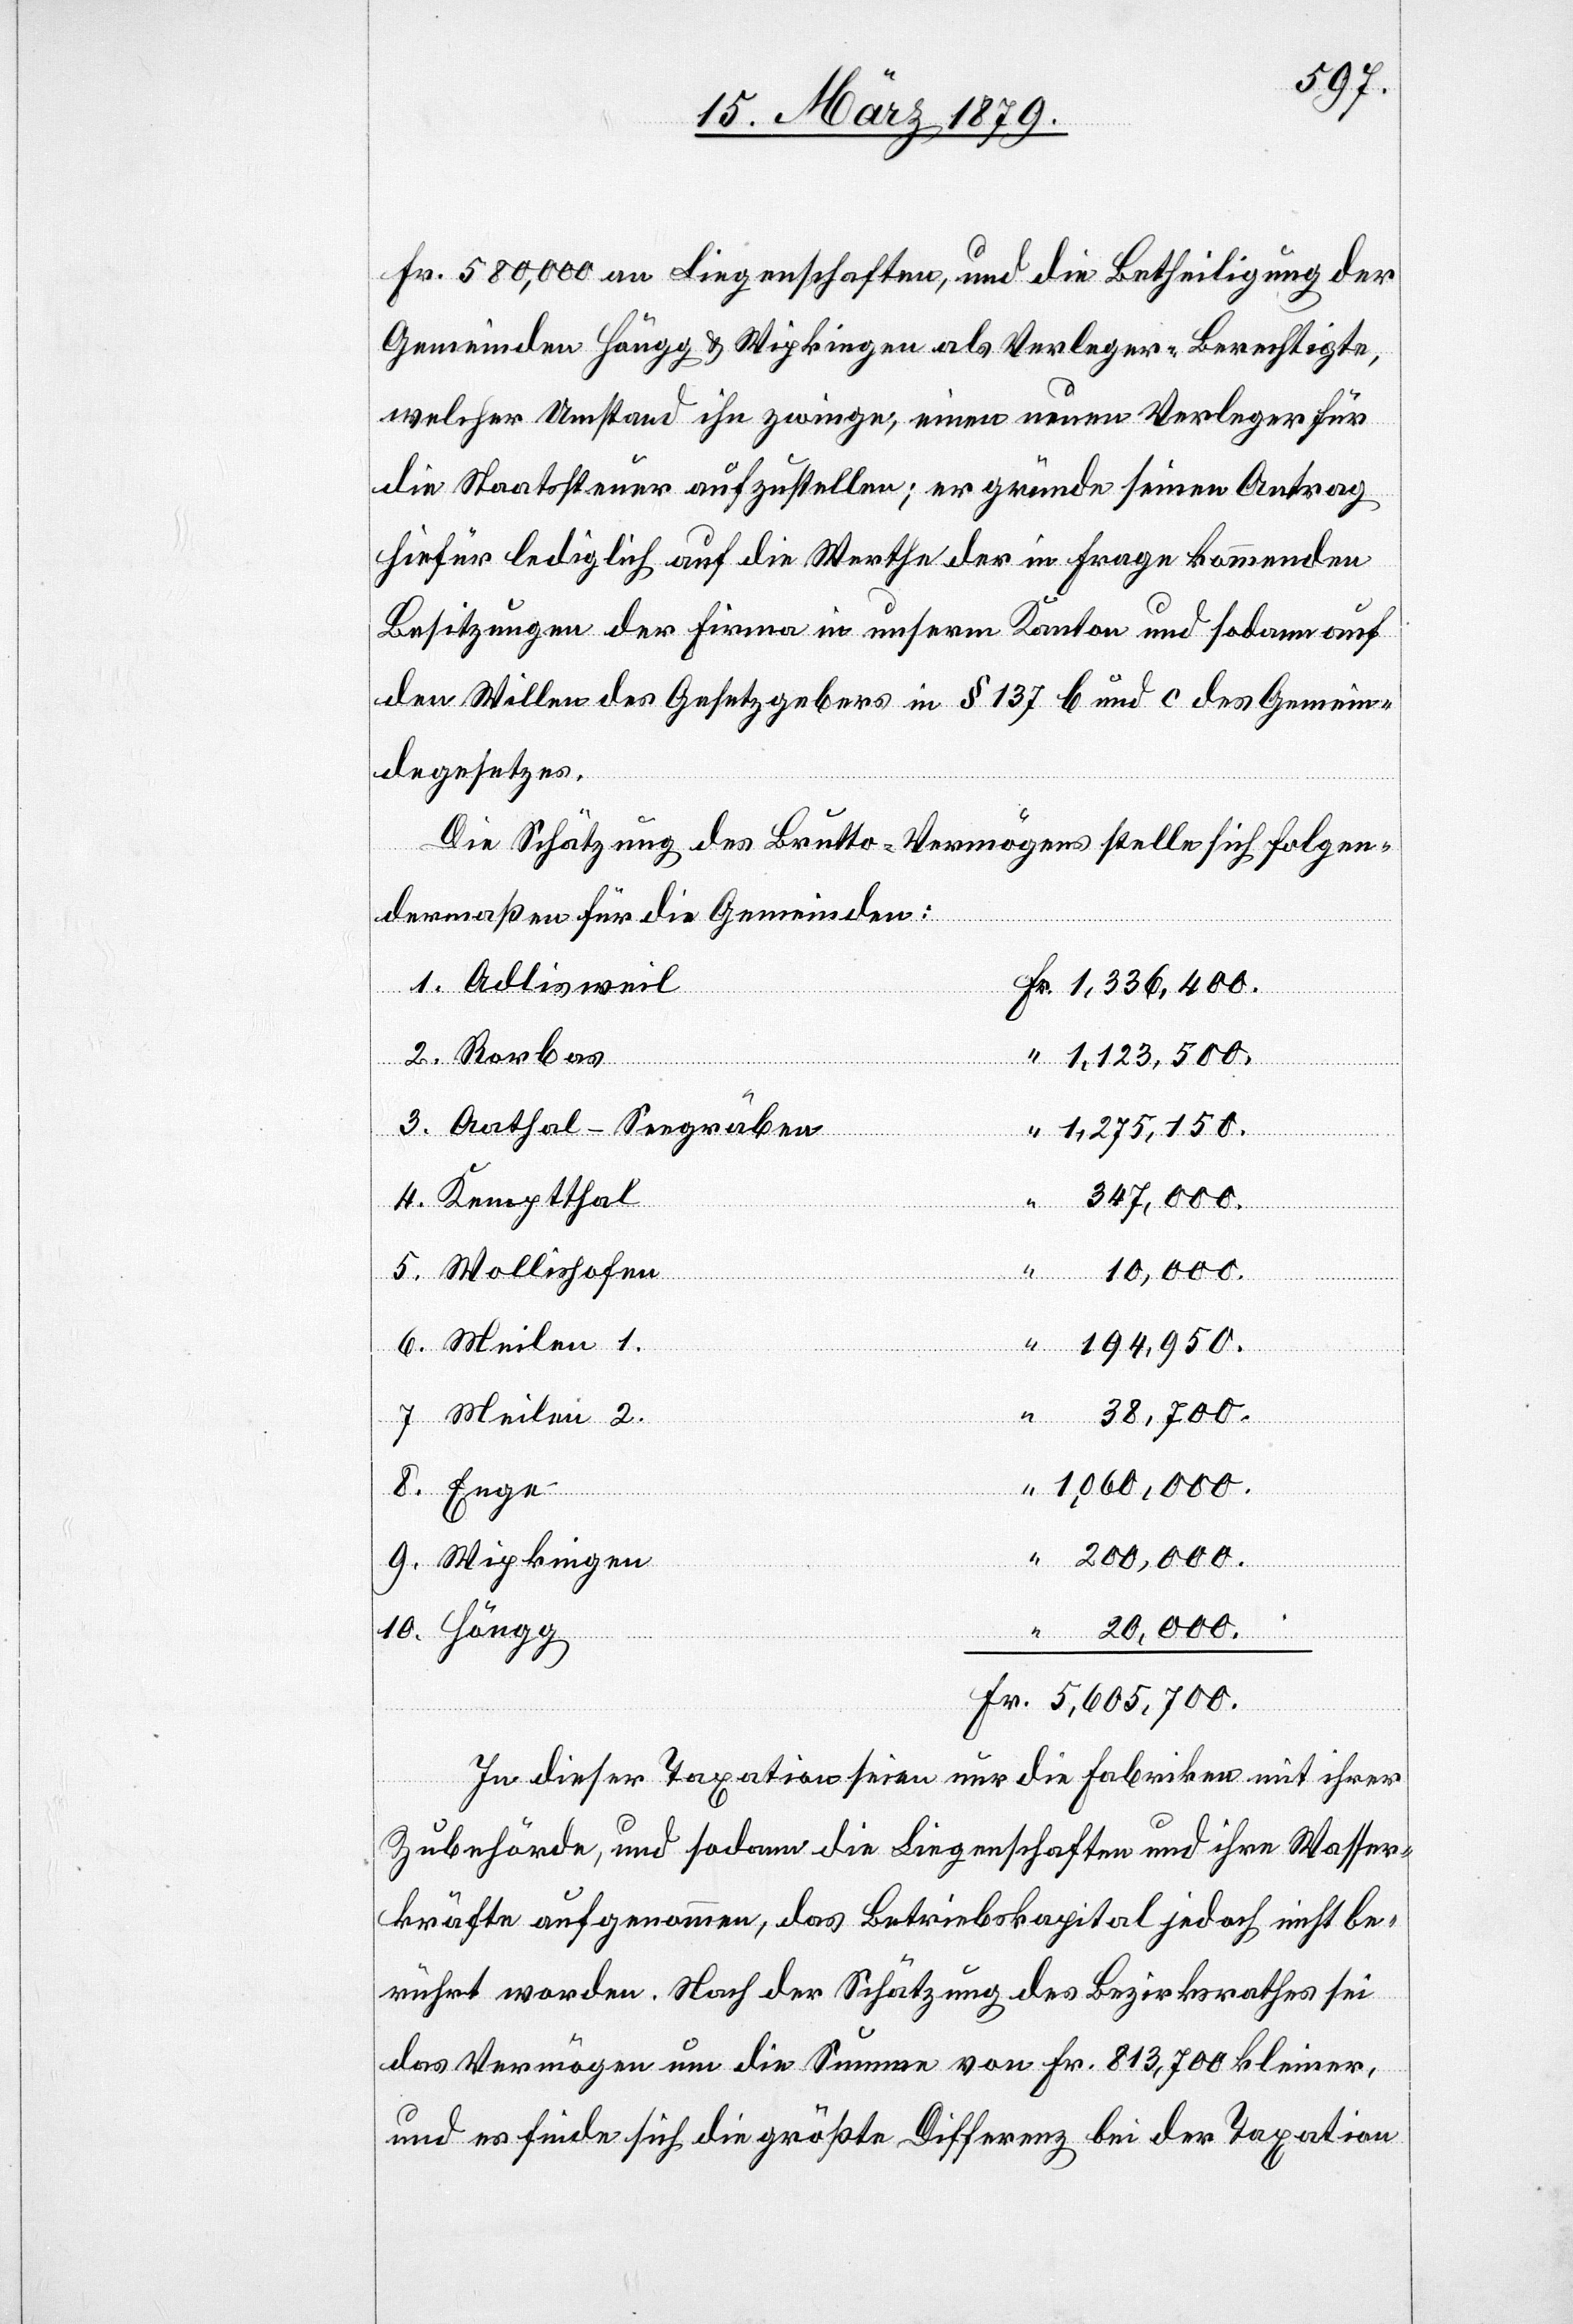
Fr. 580,000 an Liegenschaften, und die Betheiligung der
Gemeinden Höngg & Wipkingen als Verleger-Berechtigte,
welcher Umstand ihn zwinge, einen neuen Verleger für
die Staatssteuer aufzustellen; er gründe seinen Antrag
hiefür lediglich auf die Werthe der in Frage kommenden
Besitzungen der Firma in unserm Kanton und sodann auf
den Willen des Gesetzgebers in § 137 b und c des Gemein¬
degesetzes.
Die Schätzung des Brutto-Vermögens stelle sich folgen¬
dermaßen für die Gemeinden:
1. Adlisweil
2. Rorbas
1,123,500.
3. Aathal-Seegräben
1,275,150.
4. Kemptthal
347,000.
5. Wollishofen
20,000.
Fr.
6. Meilen 1.
194,950.
7. Meilen 2.
1,060,000.
8. Enge
200,000.
9. Wipkingen
10. Höngg
In dieser Taxation seien nur die Fabriken mit ihrer
Zubehörde, und sodann die Liegenschaften und ihre Wasser¬
kräfte aufgenommen, das Betriebskapital jedoch nicht be¬
rührt worden. Nach der Schätzung des Bezirksrathes sei
das Vermögen um die Summe von Fr. 813,700 kleiner,
und es finde sich die größte Differenz bei der Taxation